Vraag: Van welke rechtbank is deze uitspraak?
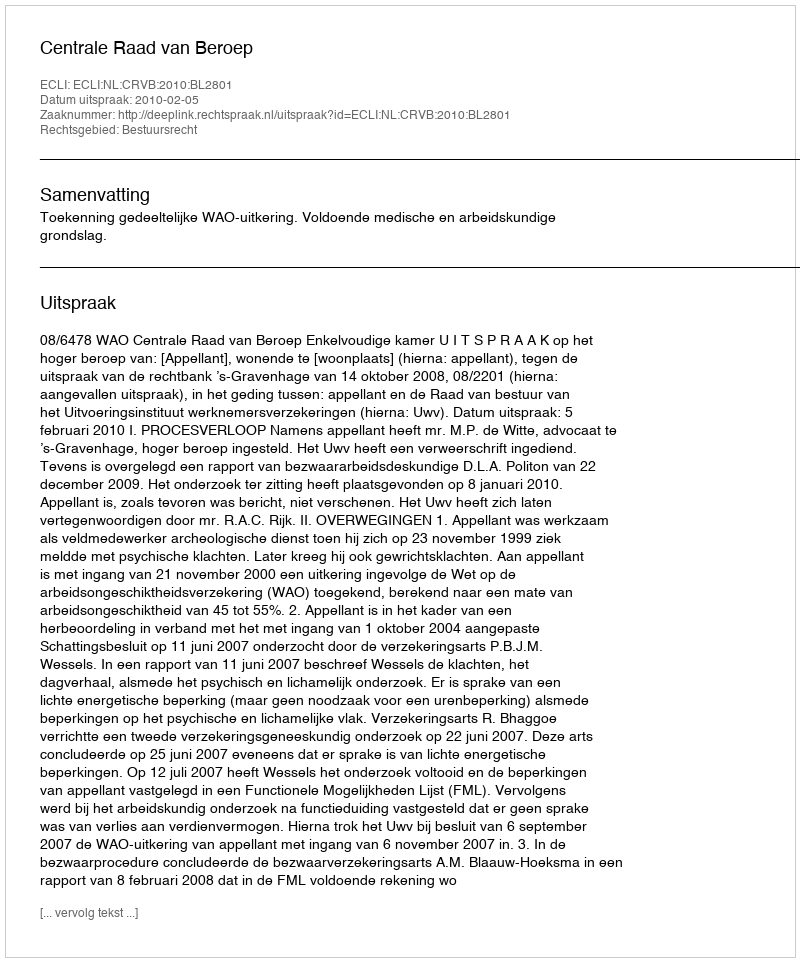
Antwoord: Centrale Raad van Beroep